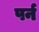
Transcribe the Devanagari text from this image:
पर्न